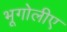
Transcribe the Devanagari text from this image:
भूगोलीए